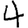
Digit: 4